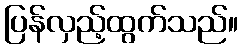
ပြန်လှည့်ထွက်သည်။